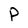
Character: P